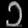
Digit: ၁